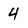
Character: 4